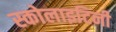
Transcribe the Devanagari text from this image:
स्कोलाइटिनी